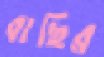
বাছির